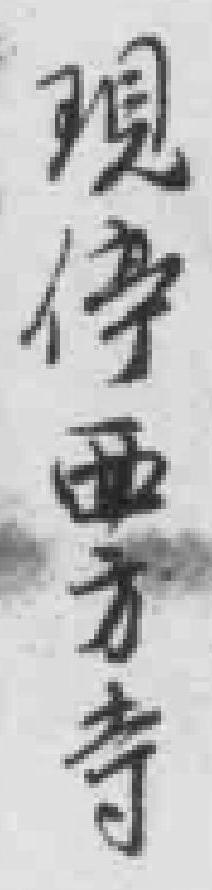
現停方寺